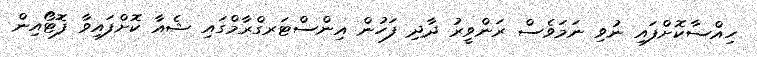
ހިއްސާކޮށްފައި ނުވި ނަމަވެސް ރަންވީރު ދާދި ފަހުން އިންސްޓަރގްރާމްގައި ޝެއާ ކޮށްފައިވާ ފޮޓޯއިން